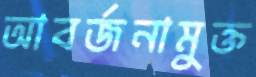
আবর্জনামুক্ত